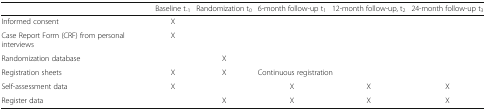
<table><thead><tr><td></td><td><b>Baseline t<sub>-1</sub></b></td><td><b>Randomization t<sub>0</sub></b></td><td><b>6-month follow-up t<sub>1</sub></b></td><td><b>12-month follow-up, t<sub>2</sub></b></td><td><b>24-month follow-up t<sub>3</sub></b></td></tr></thead><tbody><tr><td>Informed consent</td><td>X</td><td></td><td></td><td></td><td></td></tr><tr><td>Case Report Form (CRF) from personal interviews</td><td>X</td><td></td><td></td><td></td><td></td></tr><tr><td>Randomization database</td><td></td><td>X</td><td></td><td></td><td></td></tr><tr><td>Registration sheets</td><td>X</td><td>X</td><td colspan="3">Continuous registration</td></tr><tr><td>Self-assessment data</td><td>X</td><td></td><td>X</td><td>X</td><td>X</td></tr><tr><td>Register data</td><td></td><td>X</td><td>X</td><td>X</td><td>X</td></tr></tbody></table>